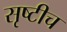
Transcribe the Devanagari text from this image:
सृष्टीच